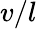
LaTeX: v/l